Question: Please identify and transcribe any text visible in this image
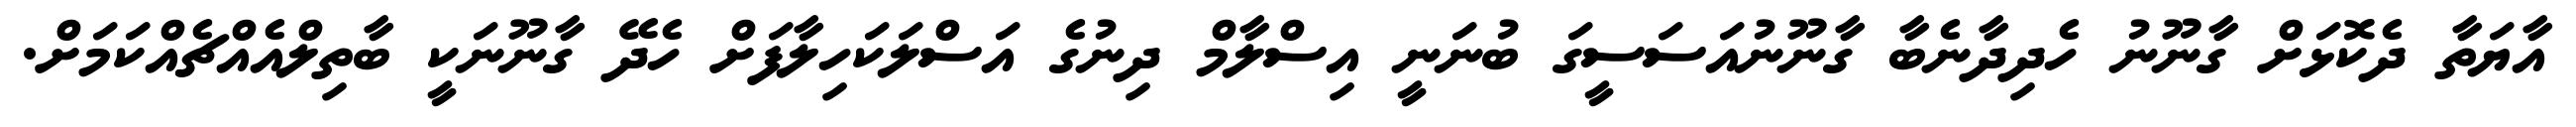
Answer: އާޔަތާ ދެކޮޅަށް ގާނޫނު ހެދިދާނެބާ ގާނޫނުއަސަސީގަ ބުނަނީ އިސްލާމް ދިނުގެ އަސްލަކަހިލާފަށް ހެދޭ ގާނޫނަކީ ބާތިލްއެއްޗެއްކަމަށް.